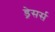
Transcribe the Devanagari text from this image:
ड्रेसर्स